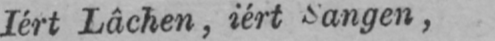
Iért Lâchen, iért Sangen,